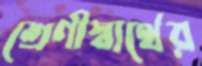
শ্রেণীস্বার্থের